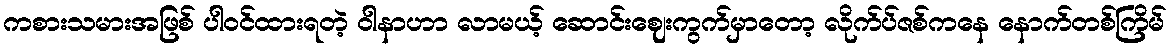
ကစားသမားအဖြစ် ပါဝင်ထားရတဲ့ ဝါနာဟာ လာမယ့် ဆောင်းဈေးကွက်မှာတော့ လိုက်ပ်ဇစ်ကနေ နောက်တစ်ကြိမ်